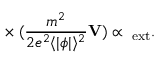
{ \bf \nabla } \times ( \frac { m ^ { 2 } } { 2 e ^ { 2 } \langle | \phi | \rangle ^ { 2 } } { \bf V } ) \propto { \bf \omega } _ { \mathrm { e x t } } .